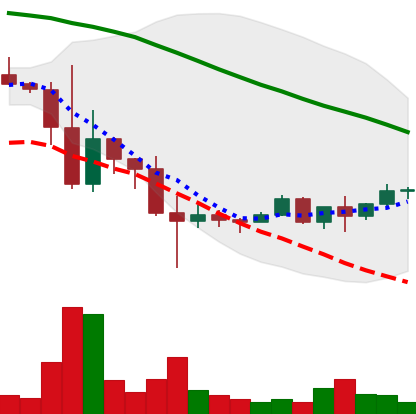
Ticker: TRX-USD
Chart end date: 2022-11-25
Forward return: 3.154%
Label: up_3_5